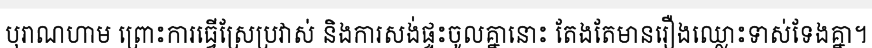
បុរាណហាម ព្រោះការធ្វើស្រែប្រវាស់ និងការសង់ផ្ទះចូលគ្នានោះ តែងតែមានរឿងឈ្លោះទាស់ទែងគ្នា។